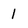
Character: l